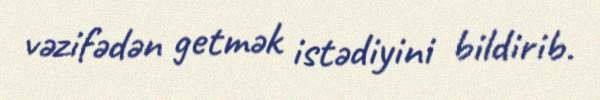
vəzifədən getmək istədiyini bildirib.